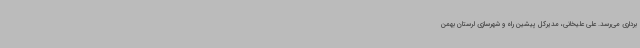
برداری می‌رسد. علی علیخانی، مدیرکل پیشین راه و شهرسازی لرستان بهمن